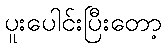
ပူးပေါင်းပြီးတော့